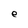
Character: e